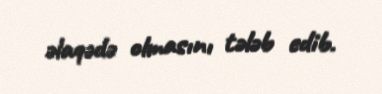
əlaqədə olmasını tələb edib.